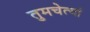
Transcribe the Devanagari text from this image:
तुमचेत्यां